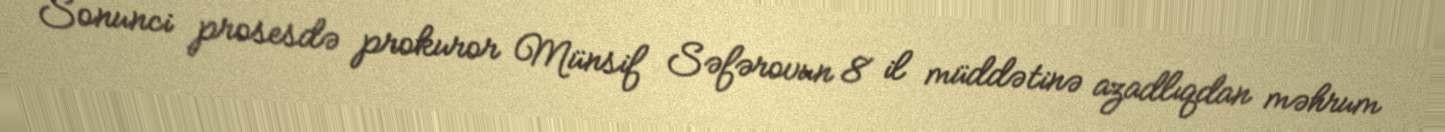
Sonunci prosesdə prokuror Münsif Səfərovun 8 il müddətinə azadlıqdan məhrum